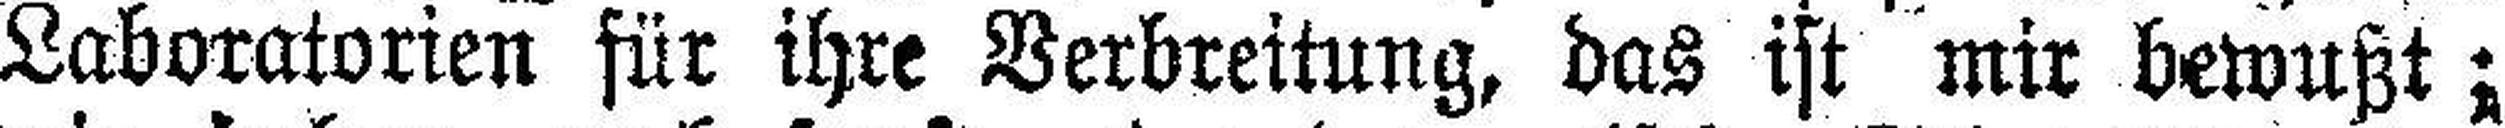
Laboratorien für ihre Verbreitung, das ist mir bewußt;